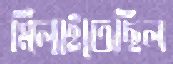
মিলাইতেছিল